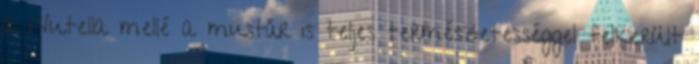
a Nutella mellé a mustár is teljes természetességgel felkerült